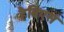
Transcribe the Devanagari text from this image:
हैबिएस